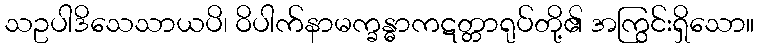
သဥပါဒိသေသာယပိ၊ ဝိပါက်နာမက္ခန္ဓာကဋတ္တာရုပ်တို့၏ အကြွင်းရှိသော။